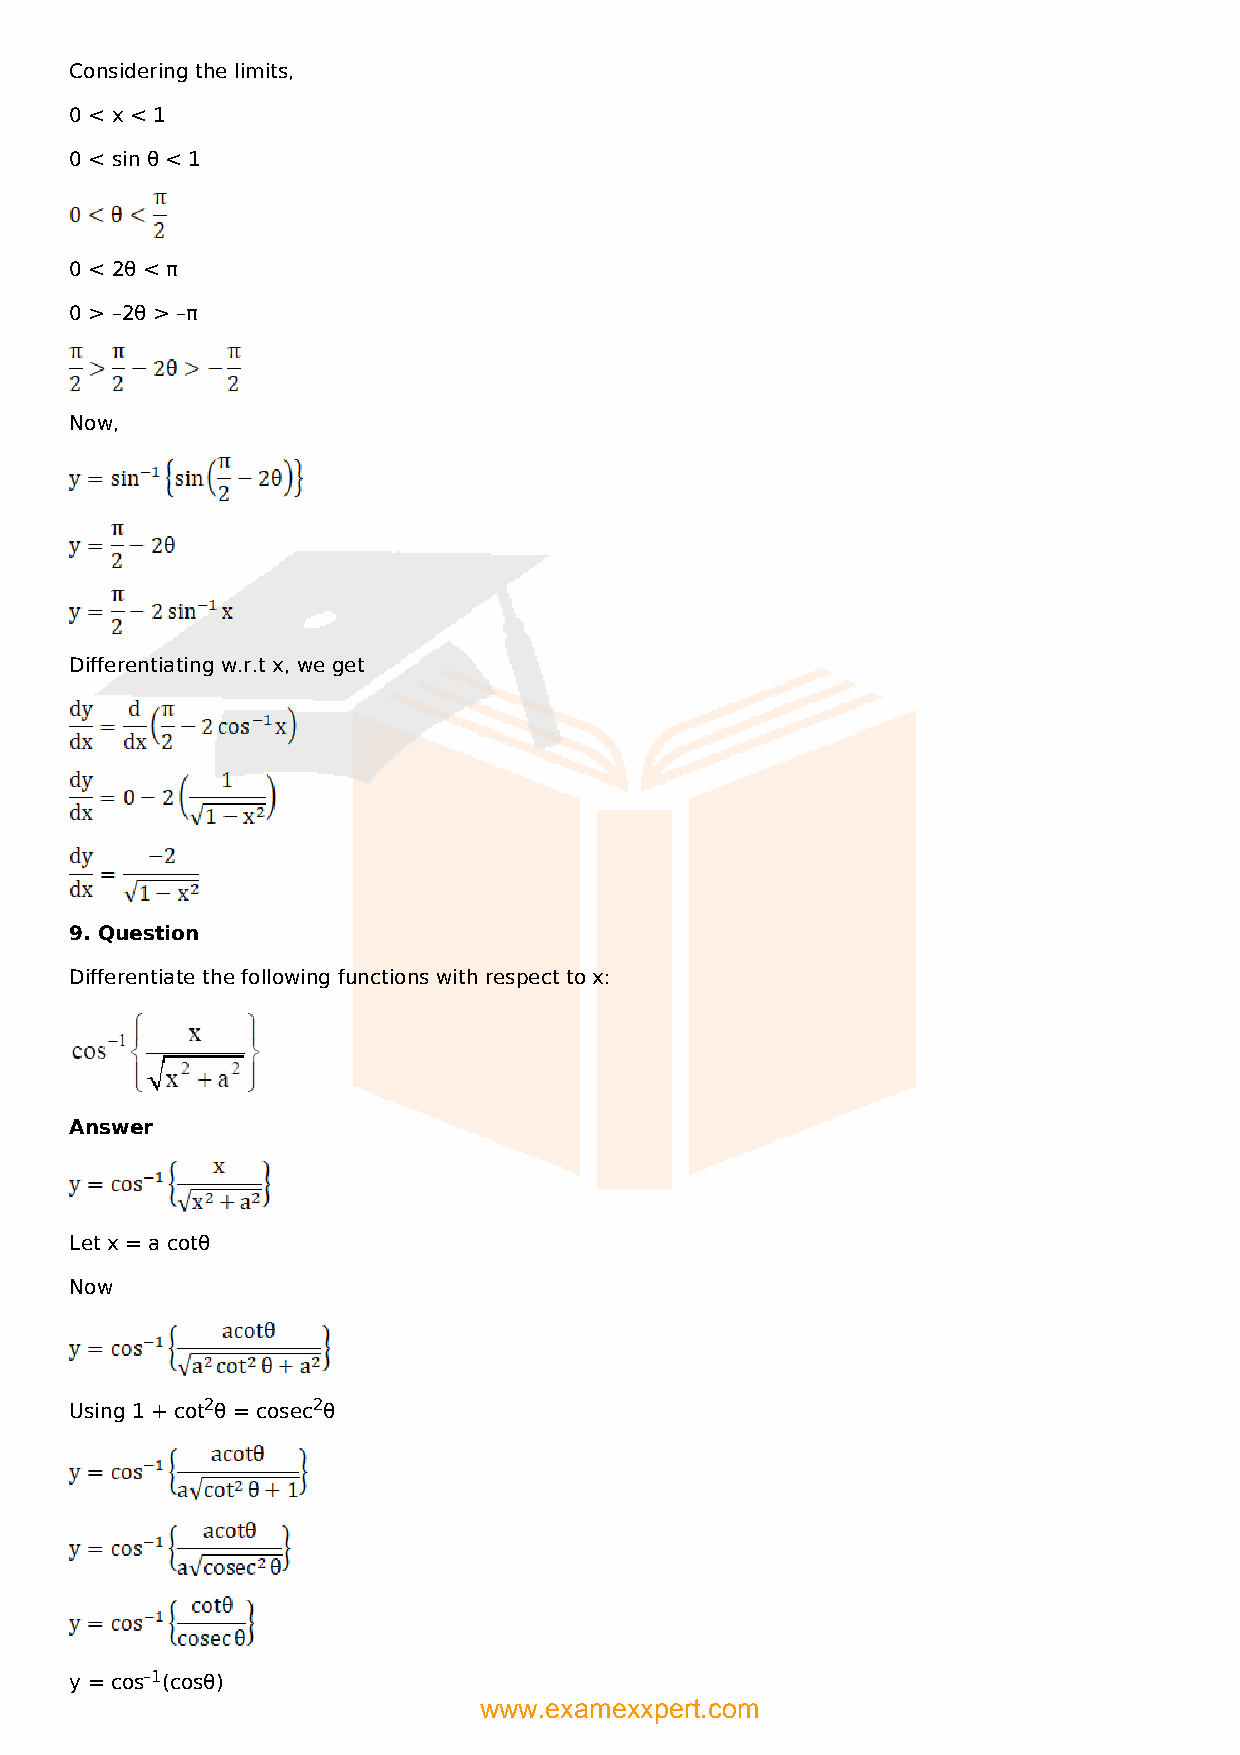
Considering the limits,
 0 < x < 1
 0 < sin θ < 1
 0 < 2θ < π
 0 > –2θ > –π
 Now,
 Differentiating w.r.t x, we get
 9. Question
 Differentiate the following functions with respect to x:
 Answer
 Let x = a cotθ
 Now
 Using 1 + cot2θ = cosec2θ
 y = cos–1(cosθ)
 www.examexxpert.com